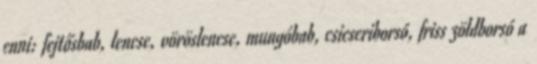
enni: fejtősbab, lencse, vöröslencse, mungóbab, csicseriborsó, friss zöldborsó a